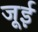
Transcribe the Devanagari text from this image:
जूई